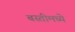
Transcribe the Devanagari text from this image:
बस्तीमध्ये